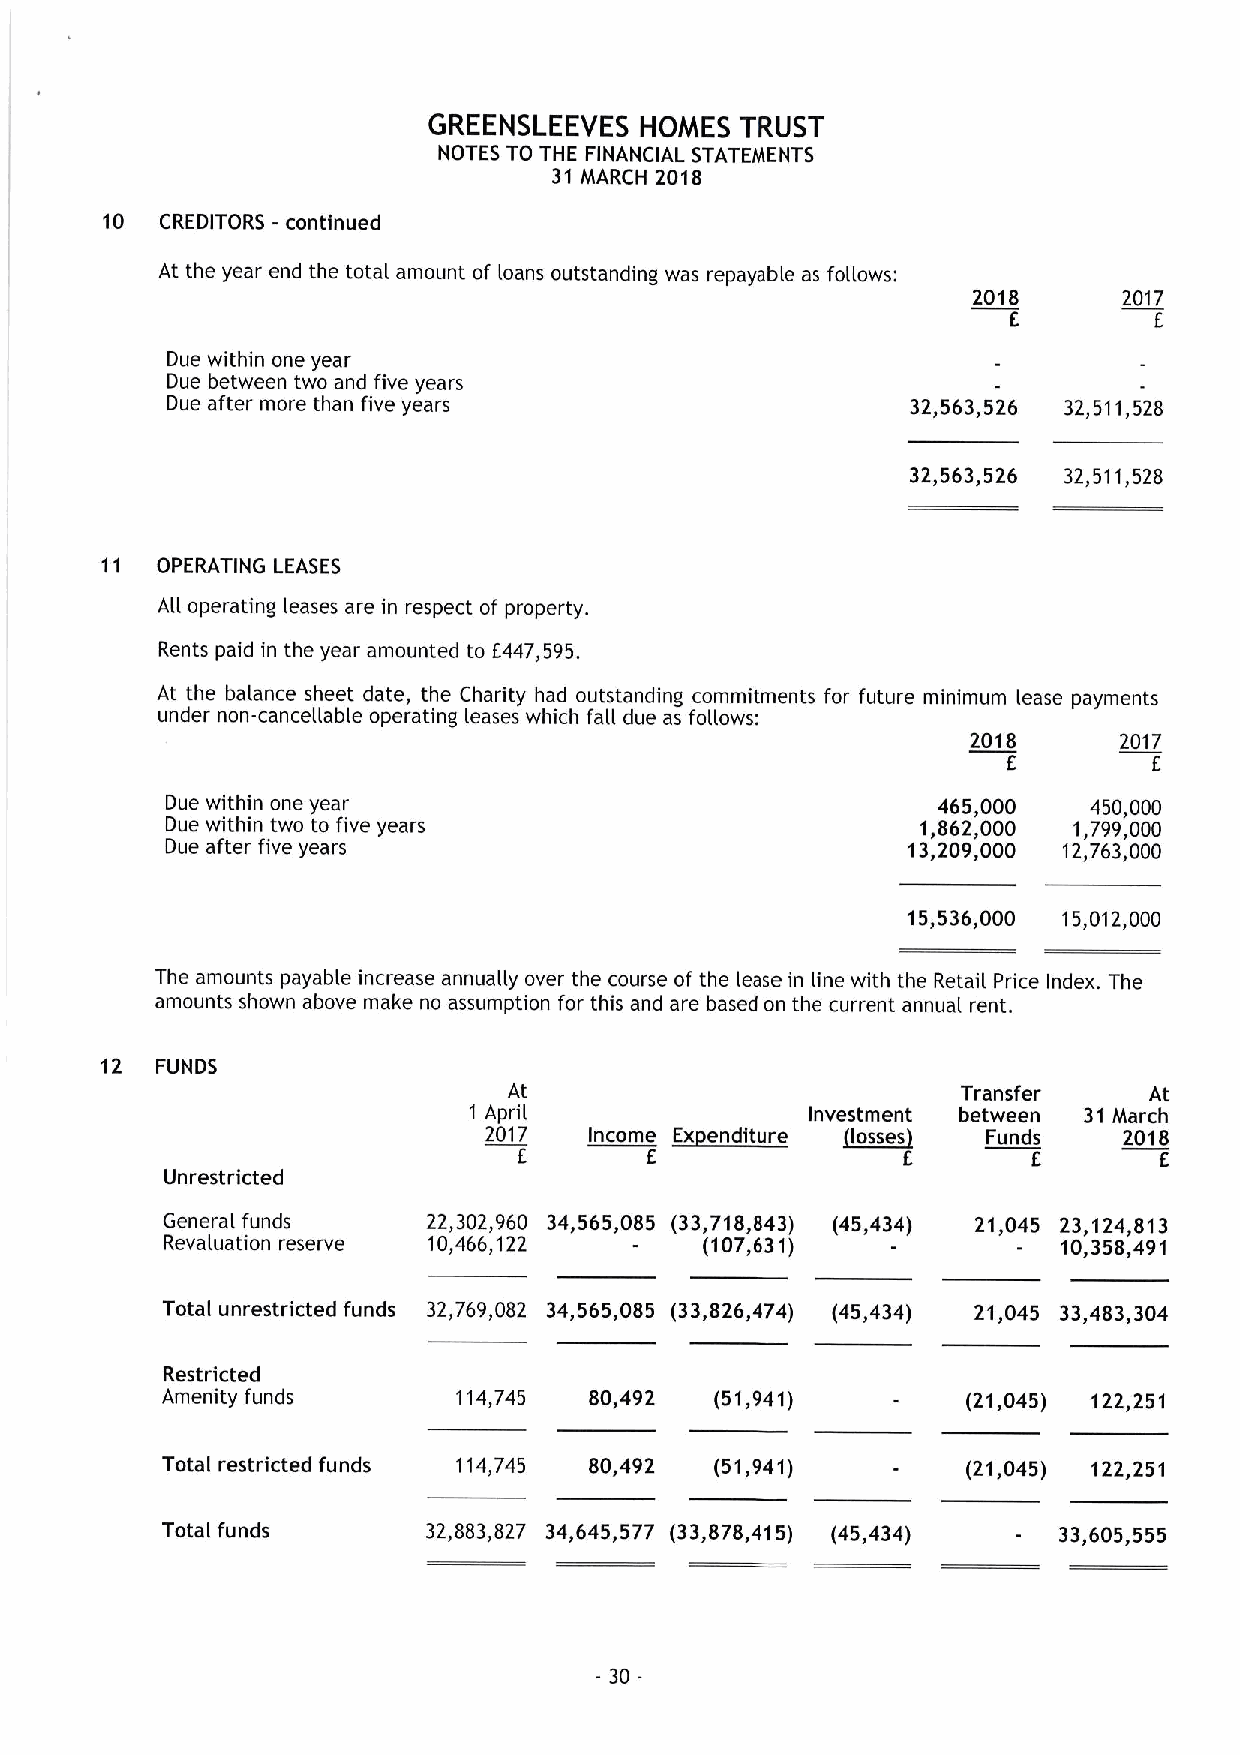
GREENSLEEVES  HOMES  TRUST
 NOTES TO THE FINANCIAL STATEMENTS
 31 MARCH 2018
 10  CREDITORS - continued
 At the year end the total amount of loans outstanding was repayable as follows:
 2018      2017
 E        E
 Due within one year
 Due between two and five years
 Due after more than five years                   32,563,526 32,511,528
 32,563,526 32,511,528
 11 OPERATING LEASES
 All operating leases are in respect of property.
 Rents paid in the year amounted to E447,595.
 At the balance sheet date, the Charity had outstanding commitments for future minimum lease payments
 under non-cancellable operating leases which fall due as follows:
 2018      2017
 E        E
 Due within one year                                465,000   450,000
 Due within two to five years                      1,862,000 1,799,000
 Due after five years                             13,209,000 12,763,000
 15,536,000 15,012,000
 The amounts payable increase annually over the course of the lease in line with the Retail Price Index. The
 amounts shown above make no assumption for this and are based on the current annual rent.
 12 FUNDS
 At                            Transfer    At
 1 April                Investment between 31 March
 E~Cht
 2017                             Funds    2018
 E        E                E       E        E
 Unrestricted
 General funds    22,302,960 34,565,085 (33,718,843) (45,434) 21,045 23,124,813
 Revaluation reserve 10,466,122 -    (107,631)              10,358,491
 Total unrestricted funds 32,769,082 34,565,085 (33,826,474) (45,434) 21,045 33,483,304
 Restricted
 Amenity funds      114,745  80,492  (51,941)         (21,045) 122,251
 Total restricted funds 114,745 80,492 (51,941)       (21,045) 122,251
 Total funds      32,883,827 34,645,577 (33,878,415) (45,434) 33,605,555
 30-
 -